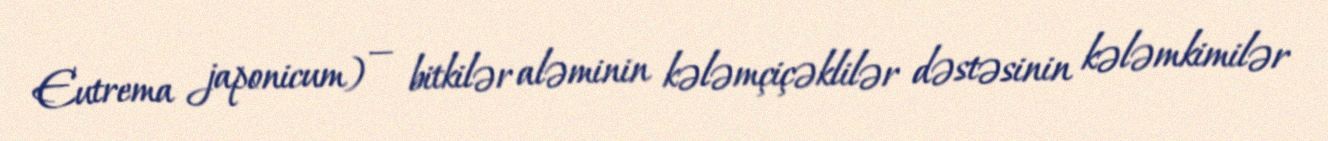
Eutrema japonicum) — bitkilər aləminin kələmçiçəklilər dəstəsinin kələmkimilər